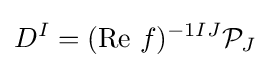
D^{I}=({\text{Re}}\ f)^{-1IJ}{\mathcal {P}}_{J}